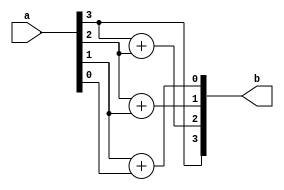
`timescale 1ns / 1ps

module Bin_to_Gray(input [3:0] a, output [3:0] b);
assign b[3] = a[3];
assign b[2] = a[3] + a[2];
assign b[1] = a[2] + a[1];
assign b[0] = a[1] + a[0]; 
endmodule